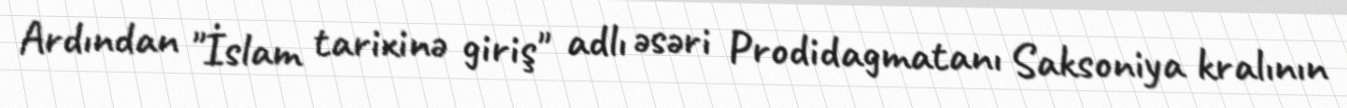
Ardından "İslam tarixinə giriş" adlı əsəri Prodidagmatanı Saksoniya kralının